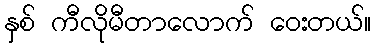
နှစ် ကီလိုမီတာလောက် ဝေးတယ်။